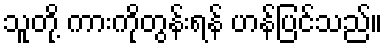
သူတို့ ကားကိုတွန်းရန် ဟန်ပြင်သည်။